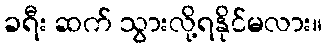
ခရီး ဆက် သွားလို့ရနိုင်မလား။